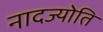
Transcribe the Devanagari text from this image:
नादज्योति